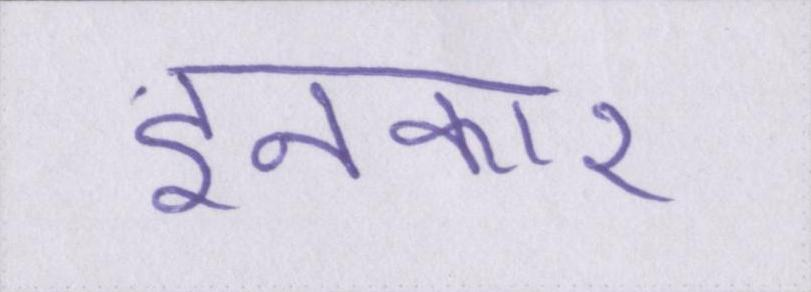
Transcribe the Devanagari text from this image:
इनकार